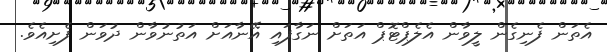
އެތަން ފެނިގެން ލީވާން އެލެޕްޓޮޕް އަތަށް ނަގާފައި އޭނާއަށް އަތުނުވާން ދުވަން ފެށިއެވެ.